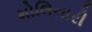
મોલિનારી